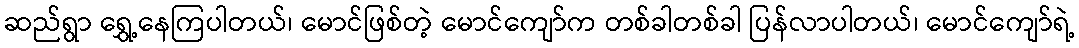
ဆည်ရွာ ရွှေ့နေကြပါတယ်၊ မောင်ဖြစ်တဲ့ မောင်ကျော်က တစ်ခါတစ်ခါ ပြန်လာပါတယ်၊ မောင်ကျော်ရဲ့